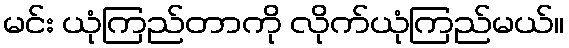
မင်း ယုံကြည်တာကို လိုက်ယုံကြည်မယ်။